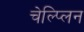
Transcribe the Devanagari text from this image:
चेल्प्लिन